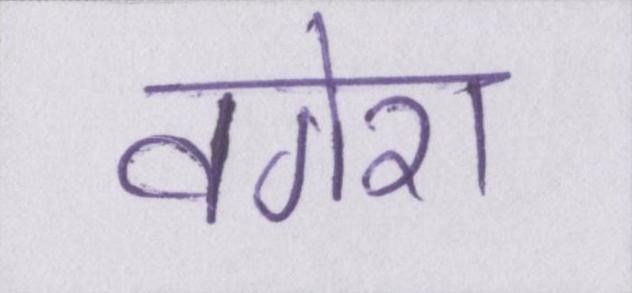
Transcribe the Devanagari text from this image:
वगेरा